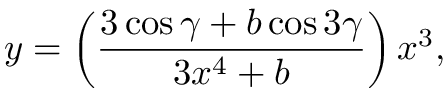
y = \left( \frac { 3 \cos \gamma + b \cos 3 \gamma } { 3 x ^ { 4 } + b } \right) x ^ { 3 } ,